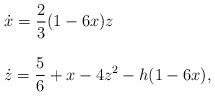
LaTeX: \begin{align*}\begin{array}{l}\dot{x}=\displaystyle{\frac{2}{3}(1-6x)z}\\\\\dot{z}=\displaystyle{\frac{5}{6}+x-4z^2-h(1-6x)},\end{array}\end{align*}